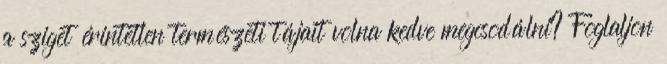
a sziget érintetlen természeti tájait volna kedve megcsodálni? Foglaljon